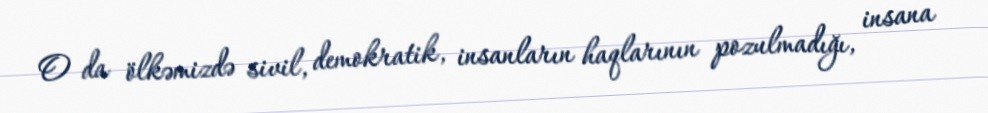
O da ölkəmizdə sivil, demokratik, insanların haqlarının pozulmadığı, insana